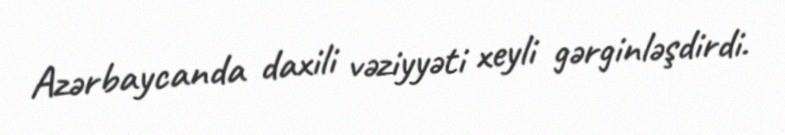
Azərbaycanda daxili vəziyyəti xeyli gərginləşdirdi.